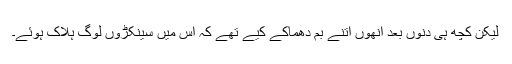
لیکن کچھ ہی دنوں بعد انھوں اتنے بم دھماکے کیے تھے کہ اس میں سینکڑوں لوگ ہلاک ہوئے۔